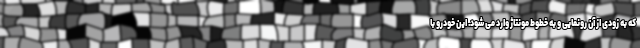
که به زودی از آن رونمایی و به خطوط مونتاژ وارد می شود. این خودرو با